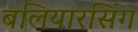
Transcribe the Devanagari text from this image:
बलियारसिंग